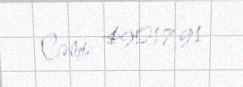
Cəmi: 49017,91